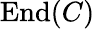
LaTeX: \operatorname{End}(C)